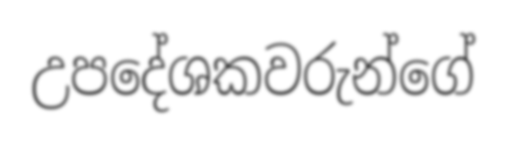
උපදේශකවරුන්ගේ